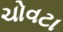
ચોવટા